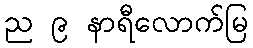
ည ၉ နာရီလောက်မြ